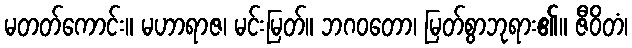
မတတ်ကောင်း။ မဟာရာဇ၊ မင်းမြတ်။ ဘဂဝတော၊ မြတ်စွာဘုရား၏။ ဇီဝိတံ၊